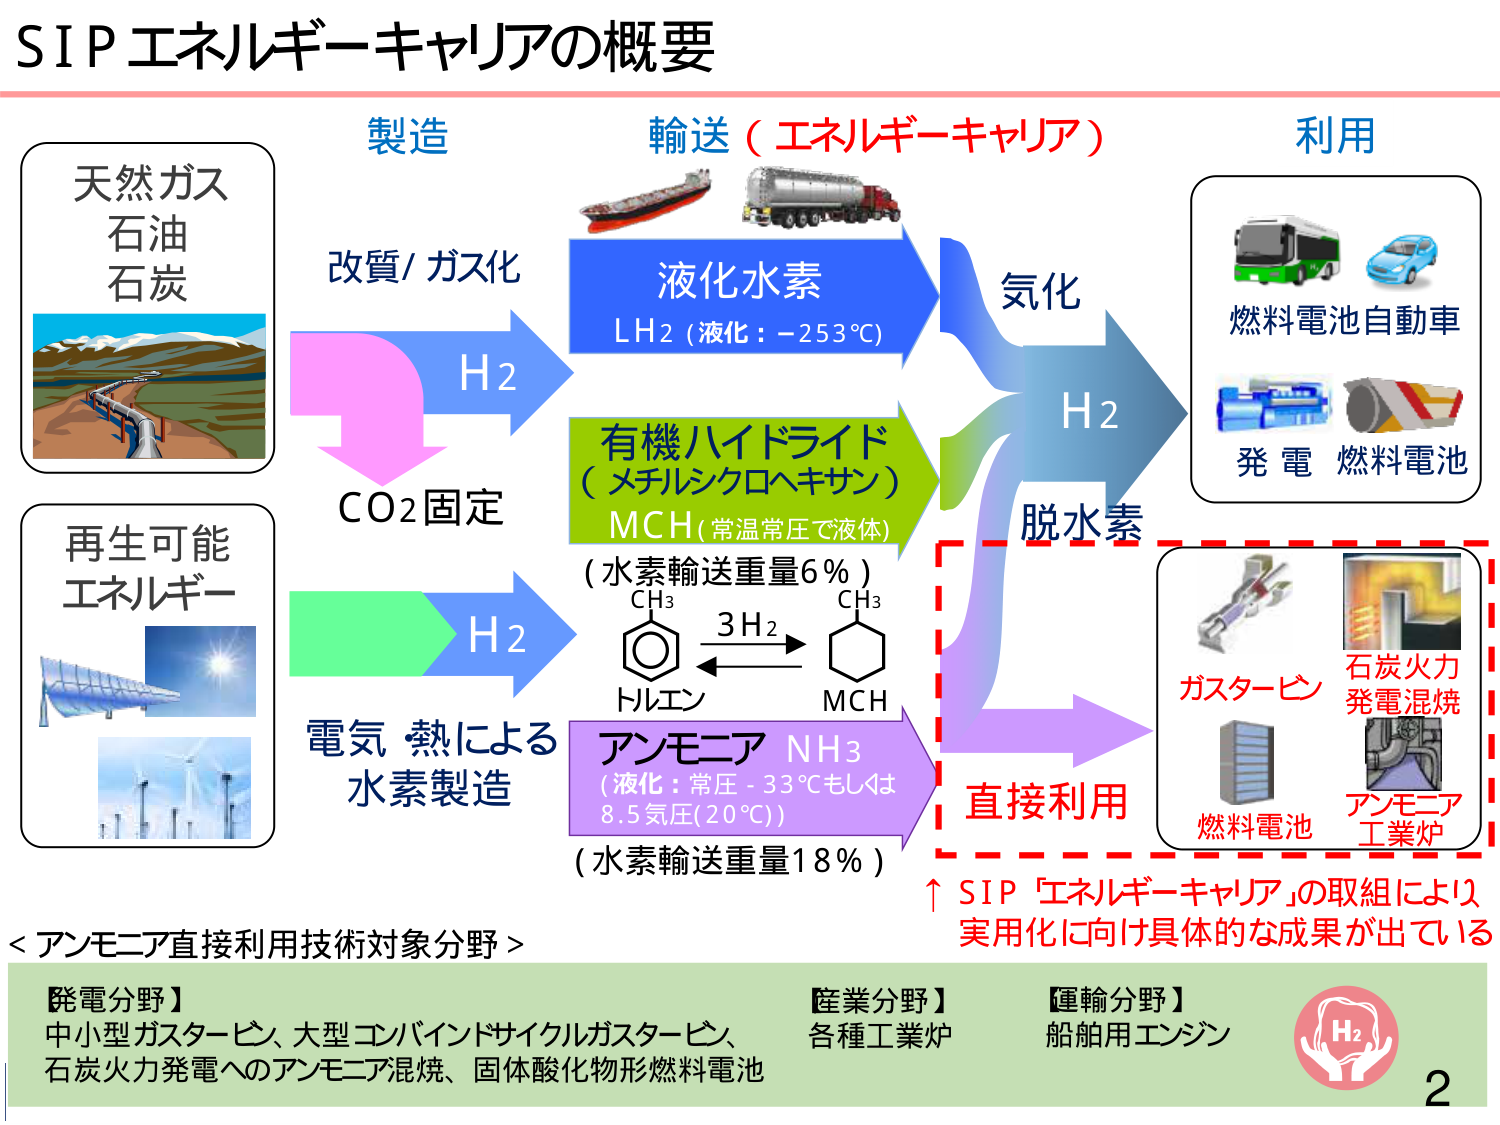
SIPエネルギー キャリアの概要

製造
天然ガス
石油
石炭

改質/ガス化
H2
CO2固定

再生可能
エネルギー

電気 熱による
水素製造

輸送（エネルギー キャリア）
液化水素
LH2（液化：-253℃）

有機ハイドライド
（メチルシクロヘキサン）
MCH（常温常圧で液体）
（水素輸送重量6％）
CH3
（六員環のベンゼン環）
3H2
CH3
（六員環のシクロヘキサン）
トルエン
MCH

アンモニア NH3
（液化：常圧 -33℃もしくは
8.5気圧(20℃)）
（水素輸送重量18％）

利用
気化
H2
脱水素

燃料電池自動車
発電 燃料電池

直接利用
ガスタービン
石炭火力
発電混焼
燃料電池
アンモニア
工業炉

↑SIP「エネルギー キャリア」の取組により
実用化に向け具体的な成果が出ている

＜アンモニア直接利用技術対象分野＞
【発電分野】
中小型ガスタービン、大型コンバインドサイクルガスタービン、
石炭火力発電へのアンモニア混焼、固体酸化物形燃料電池

【産業分野】
各種工業炉

【運輸分野】
船舶用エンジン

H2
2